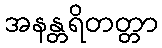
အနန္တရိတတ္တာ